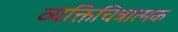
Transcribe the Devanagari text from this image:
व्यक्तिचित्रात्मक